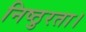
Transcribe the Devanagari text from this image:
निष्ठुरता।